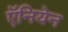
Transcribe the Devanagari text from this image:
ऍनियेन